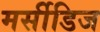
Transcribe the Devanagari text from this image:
मर्सीडिज